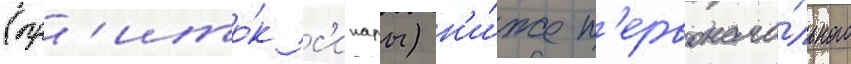
(пр'ито́к с'инары) н'и́же п'ервонача́льного